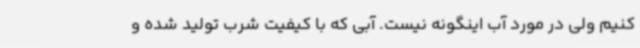
کنیم ولی در مورد آب اینگونه نیست. آبی که با کیفیت شرب تولید شده و